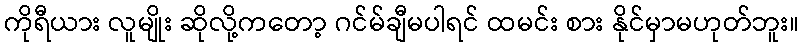
ကိုရီယား လူမျိုး ဆိုလို့ကတော့ ဂင်မ်ချီမပါရင် ထမင်း စား နိုင်မှာမဟုတ်ဘူး။